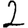
Digit: 2